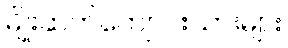
မျိုးဆက်ကျောင်းသားများ